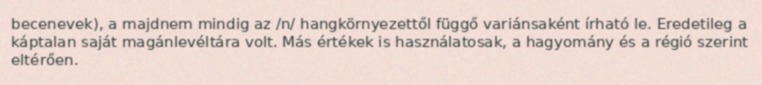
becenevek), a majdnem mindig az /n/ hangkörnyezettől függő variánsaként írható le. Eredetileg a káptalan saját magánlevéltára volt. Más értékek is használatosak, a hagyomány és a régió szerint eltérően.